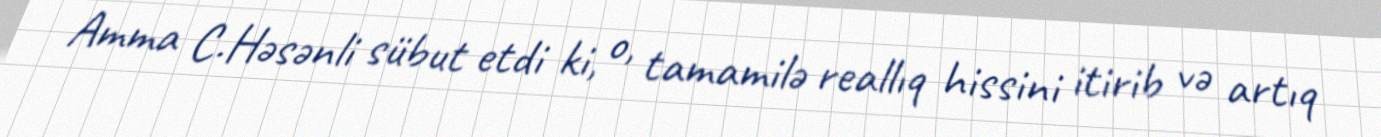
Amma C.Həsənli sübut etdi ki, o, tamamilə reallıq hissini itirib və artıq